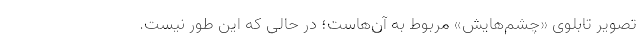
تصویر تابلوی «چشم‌هایش» مربوط به آن‌هاست؛ در حالی که این طور نیست.